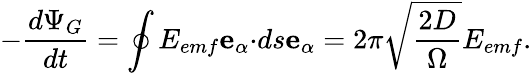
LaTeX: -\frac{d\Psi_{G}}{dt}=\oint E_{emf}\mathbf{e}_{\alpha}\mathbf{\cdot}ds\mathbf{e}_{\alpha}=2\pi\sqrt{\frac{2D}{\Omega}}E_{emf}.